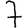
Digit: 7